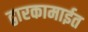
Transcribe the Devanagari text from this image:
द्वारकामाईत